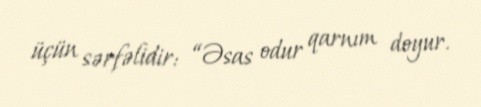
üçün sərfəlidir: “Əsas odur qarnım doyur.